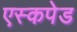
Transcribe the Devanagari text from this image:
एस्कपेड